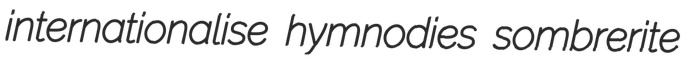
internationalise hymnodies sombrerite